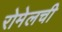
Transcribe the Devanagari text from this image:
रोमेलची